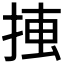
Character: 𢮛